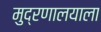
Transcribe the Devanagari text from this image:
मुद्रणालयाला